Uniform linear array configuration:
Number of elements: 24
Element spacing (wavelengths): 0.5
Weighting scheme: binomial
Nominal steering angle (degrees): -15
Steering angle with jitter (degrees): -16.026
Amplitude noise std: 0.05
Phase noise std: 0.05

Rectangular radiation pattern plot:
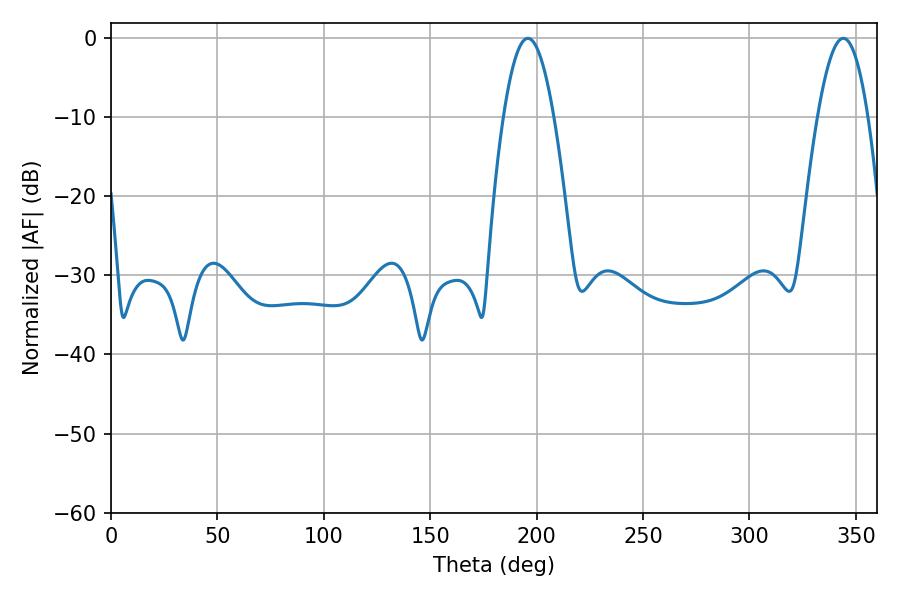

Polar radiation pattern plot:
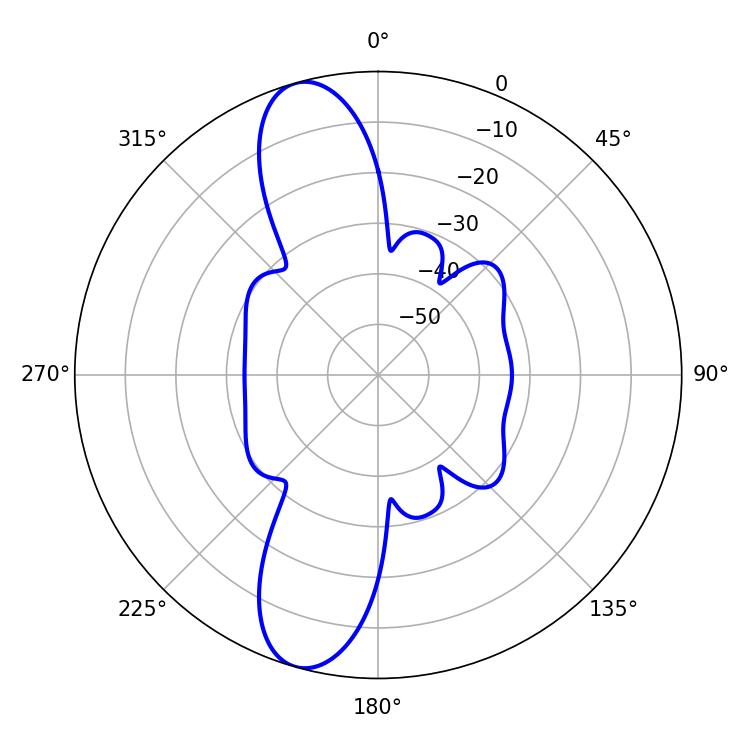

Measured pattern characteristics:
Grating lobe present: FALSE
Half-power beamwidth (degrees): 12.96
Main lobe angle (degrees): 195.84